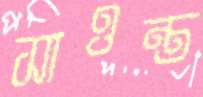
সাওন্ত